Report on horse surra - Volume II, Part I
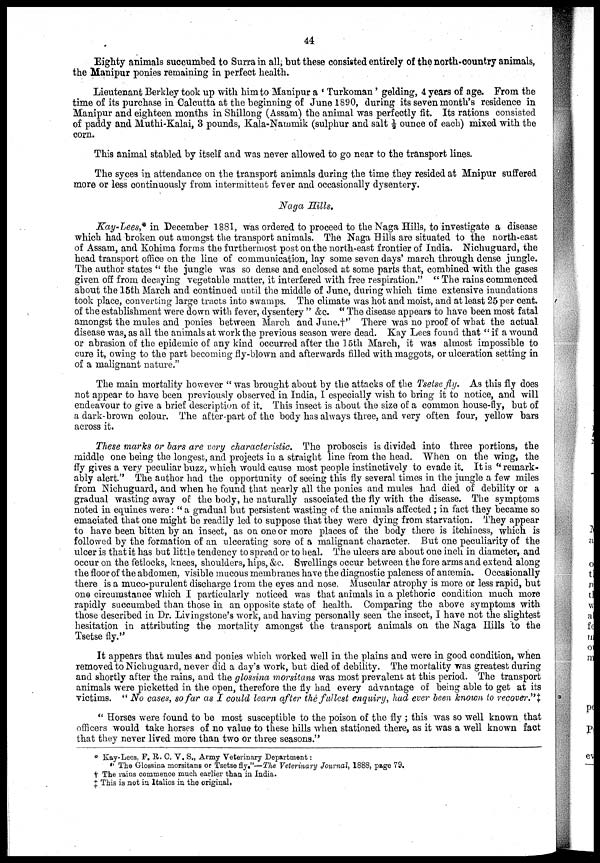
44
Eighty animals succumbed to Surra in all, but these consisted entirely of the north-country animals,
the Manipur ponies remaining in perfect health.
Lieutenant Berkley took up with him to Manipur a ' Turkoman' gelding, 4 years of age. From the
time of its purchase in Calcutta at the beginning of June 1890, during its seven month's residence in
Manipur and eighteen months in Shillong (Assam) the animal was perfectly fit. Its rations consisted
of paddy and Muthi-Kalai, 3 pounds, Kala-Nammik (sulphur and salt ½ ounce of each) mixed with the
corn.
This animal stabled by itself and was never allowed to go near to the transport lines.
The syces in attendance on the transport animals during the time they resided at Mnipur suffered
more or less continuously from intermittent fever and occasionally dysentery.
Naga Hills.
Kay-Lees, in December 1881, was ordered to proceed to the Naga Hills, to investigate a disease
which had broken out amongst the transport animals. The Naga Bills are situated to the north-east
of Assam, and Kohima forms the furthermost post on the north-east frontier of India. Nichuguard, the
head transport office on the line of communication, lay some seven days' march through dense jungle.
The author states " the jungle was so dense and enclosed at some parts that, combined with the gases
given off from decaying vegetable matter, it interfered with free respiration." " The rains commenced
about the 15th March and continued until the middle of June, during which time extensive inundations
took place, converting large tracts into swamps. The climate was hot and moist, and at least 25 per cent.
of the establishment were down with fever, dysentery " &c. " The disease appears to have been most fatal
amongst the mules and ponies between March and June.†" There was no proof of what the actual
disease was, as all the animals at work the previous season were dead. Kay Lees found that " if a wound
or abrasion of the epidemic of any kind occurred after the 15th March, it was almost impossible to
cure it, owing to the part becoming fly-blown and afterwards filled with maggots, or ulceration setting in
of a malignant nature."
The main mortality however " was brought about by the attacks of the Tsetse fly. As this fly does
not appear to have been previously observed in India, I especially wish to bring it to notice, and will
endeavour to give a brief description of it. This insect is about the size of a common house-fly, but of
a dark-brown colour. The after-part of the body has always three, and very often four, yellow bars
across it.
These marks or bars are very characteristic. The proboscis is divided into three portions, the
middle one being the longest, and projects in a straight line from the head. When on the wing, the
fly gives a very peculiar buzz, which would cause most people instinctively to evade it. It is "remark-
ably alert.'' The author had the opportunity of seeing this fly several times in the jungle a few miles
from Nichuguard, and when he found that nearly all the ponies and mules had died of debility or a
gradual wasting away of the body, he naturally associated the fly with the disease. The symptoms
noted in equines were : " a gradual but persistent wasting of the animals affected ; in fact they became so
emaciated that one might be readily led to suppose that they were dying from starvation. They appear
to have been bitten by an insect, as on one or more places of the body there is itchiness, which is
followed by the formation of an ulcerating sore of a malignant character. But one peculiarity of the
ulcer is that it has but little tendency to spread or to heal. The ulcers are about one inch in diameter, and
occur on the fetlocks, knees, shoulders, hips, &c. Swellings occur between the fore arms and extend along
the floor of the abdomen, visible mucous membranes have the diagnostic paleness of anæmia. Occasionally
there is a muco-purulent discharge from the eyes and nose. Muscular atrophy is more or less rapid, but
one circumstance which I particularly noticed was that animals in a plethoric condition much more
rapidly succumbed than those in an opposite state of health. Comparing the above symptoms with
those described in Dr. Livingstone's work, and having personally seen the insect, I have not the slightest
hesitation in attributing the mortality amongst the transport animals on the Naga Hills to the
Tsetse fly."
It appears that mules and ponies which worked well in the plains and were in good condition, when
removed to Nichuguard, never did a day's work, but died of debility. The mortality was greatest during
and shortly after the rains, and the glossina morsitans was most prevalent at this period. The transport
animals were picketted in the open, therefore the fly had every advantage of being able to get at its
victims. " No cases, so far as I could learn after the fullest enquiry, had ever been known to recover ."‡
" Horses were found to be most susceptible to the poison of the fly ; this was so well known that
officers would take horses of no value to these hills when stationed there, as it was a well known fact
that they never lived more than two or three seasons."
* Kay-Lees, F. R. C. V. S., Army Veterinary Department :
" The Glossina morsitans or Tsetse fly."—The Veterinary Journal, 1888, page 79.
† The rains commence much earlier than in India.
‡ This is not in Italics in the original,